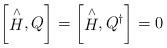
LaTeX: \begin{align*}\left[\stackrel{\wedge }{H},Q\right] =\left[\stackrel{\wedge }{H},Q^{\dagger }\right] =0\end{align*}